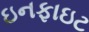
ઇનફાઇટ